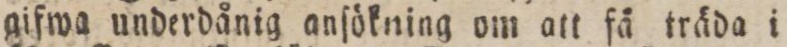
gifwa underdånig anſökning om att få träda i